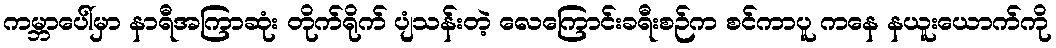
ကမ္ဘာပေါ်မှာ နာရီအကြာဆုံး တိုက်ရိုက် ပျံသန်းတဲ့ လေကြောင်းခရီးစဉ်က စင်ကာပူ ကနေ နယူးယောက်ကို